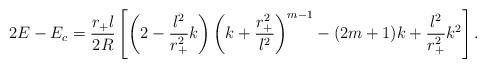
\begin{align*}2E-E_c=\frac{r_+l}{2R}\left[ \left(2-\frac{l^2}{r_+^2}k\right) \left(k+\frac{r_+^2}{l^2}\right)^{m-1}- (2m+1)k +\frac{l^2}{r_+^2}k^2\right].\end{align*}